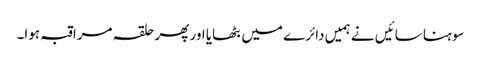
سوہنا سائیں نے ہمیں دائرے میں بٹھایا اور پھر حلقہ مراقبہ ہوا۔